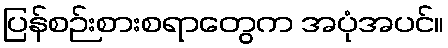
ပြန်စဉ်းစားစရာတွေက အပုံအပင်။